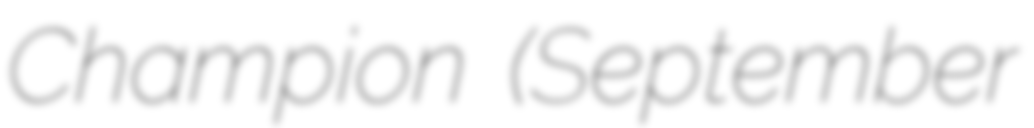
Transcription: Champion (September